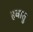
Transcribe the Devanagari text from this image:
हवातु